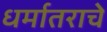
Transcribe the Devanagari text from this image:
धर्मातराचे